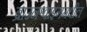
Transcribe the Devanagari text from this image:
ब्राउनश्वाइगमधील